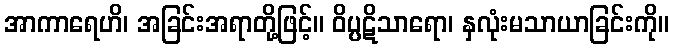
အာကာရေဟိ၊ အခြင်းအရာတို့ဖြင့်။ ဝိပ္ပဋိသာရော၊ နှလုံးမသာယာခြင်းကို။